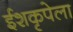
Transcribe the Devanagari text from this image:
ईशकृपेला